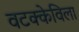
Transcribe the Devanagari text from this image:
वटक्केविला